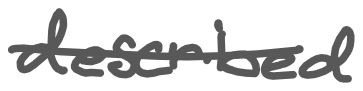
Text: described
Cross-out: single-line
Writing tool: digital_gray